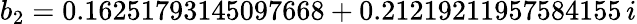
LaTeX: b_{2}=0.16251793145097668+0.21219211957584155\, i